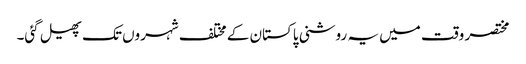
مختصر وقت میں یہ روشنی پاکستان کے مختلف شہروں تک پھیل گئی۔